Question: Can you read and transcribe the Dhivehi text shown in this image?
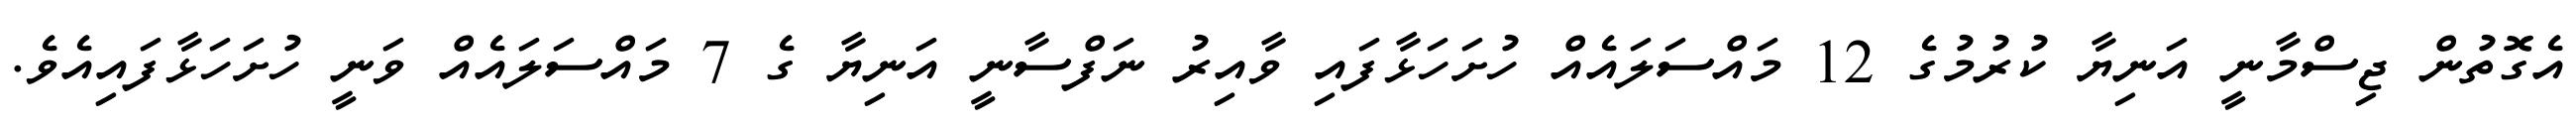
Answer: އެގޮތުން ޖިސްމާނީ އަނިޔާ ކުރުމުގެ 12 މައްސަލައެއް ހުށަހަޅާފައި ވާއިރު ނަފްސާނީ އަނިޔާ ގެ 7 މައްސަލައެއް ވަނީ ހުށަހަޅާފައިއެވެ.